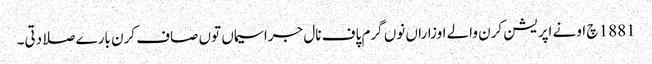
1881 چ اونے اپریشن کرن والے اوزاراں نوں گرم پاف نال جراسیماں توں صاف کرن بارے صلا دتی۔